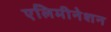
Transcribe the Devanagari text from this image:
एलिमीनेशन